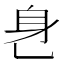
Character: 𬼧